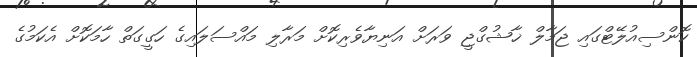
ކޮންސިއުލޭޓްގައި ޖަމާލް ޚާޝުގްޖީ ވަރަށް އަނިޔާވެރިކޮށް މަރާލި މައްސަލައިގެ ހަގީގަތް ހާމަކޮށް އެކަމުގެ